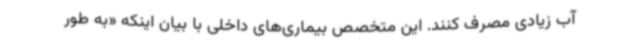
آب زیادی مصرف کنند. این متخصص بیماری‌های داخلی با بیان اینکه «به طور